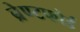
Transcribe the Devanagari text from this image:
ब्रेण्टफोर्ड